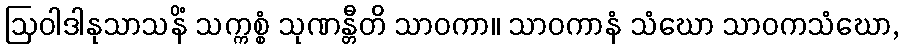
ဩဝါဒါနုသာသနိံ သက္ကစ္စံ သုဏန္တီတိ သာဝကာ။ သာဝကာနံ သံဃော သာဝကသံဃော,